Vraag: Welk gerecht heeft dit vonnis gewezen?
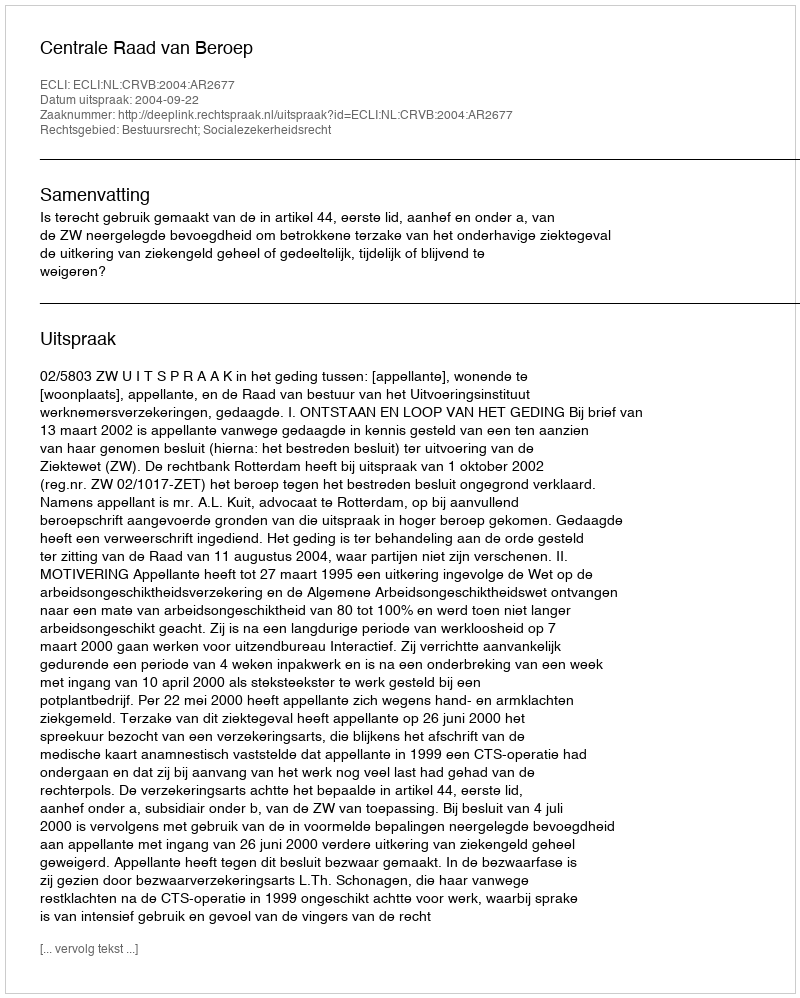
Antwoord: Centrale Raad van Beroep